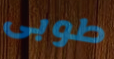
طوبى